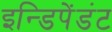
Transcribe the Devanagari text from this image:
इन्डिपेंडंट